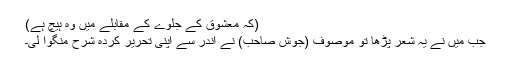
(کہ معشوق کے جلوے کے مقابلے میں وہ ہیچ ہے)
جب میں نے یہ شعر پڑھا تو موصوف (جوش صاحب) نے اندر سے اپنی تحریر کردہ شرح منگوا لی۔